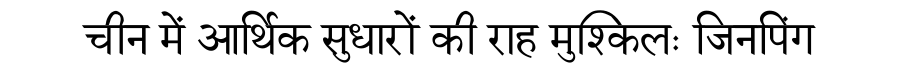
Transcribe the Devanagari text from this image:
चीन में आर्थिक सुधारों की राह मुश्किलः जिनपिंग